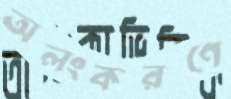
অলংকরণে